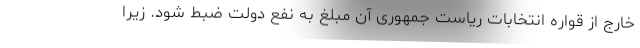
خارج از قواره انتخابات ریاست جمهوری آن مبلغ به نفع دولت ضبط شود. زیرا